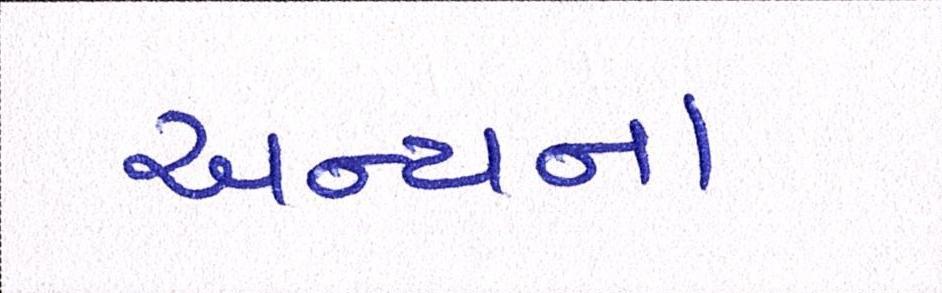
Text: અન્યના